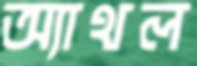
অ্যাথল